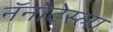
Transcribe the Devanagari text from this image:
नॅनोटेस्ला